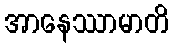
အာနေဿာမာတိ